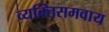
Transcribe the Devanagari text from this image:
व्यक्तिसमवाय